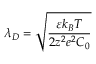
\lambda _ { D } = \sqrt { \frac { \varepsilon k _ { B } T } { 2 z ^ { 2 } e ^ { 2 } C _ { 0 } } }